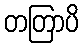
တတြာပိ